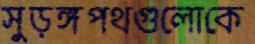
সুড়ঙ্গপথগুলোকে